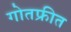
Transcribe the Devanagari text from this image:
गोतफ्रीत